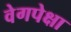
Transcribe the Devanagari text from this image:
वेगपेक्षा